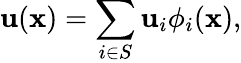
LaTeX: \mathbf{u}(\mathbf{x})=\sum_{i\in S}\mathbf{u}_{i}\phi_{i}(\mathbf{x}),